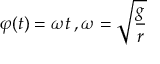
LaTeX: \varphi ( t ) = \omega t \, , \omega = { \sqrt { \frac { g } { r } } }